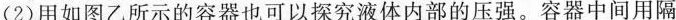
(2)用如图乙所示的容器也可以探究液体内部的压强。容器中间用隔